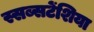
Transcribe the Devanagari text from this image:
स्सब्सटेंशिया